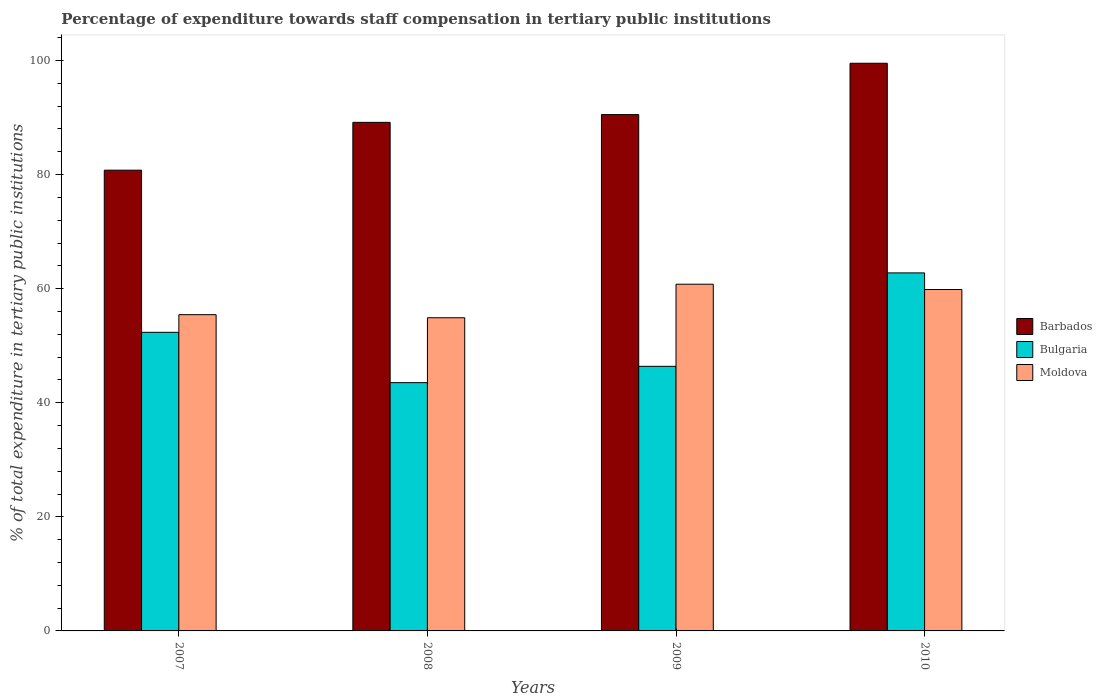
| Years | Barbados | Bulgaria | Moldova |
 | --- | --- | --- | --- |
 | 2007 | 80.8 | 52.3 | 55.4 |
 | 2008 | 89.2 | 43.5 | 54.9 |
 | 2009 | 90.5 | 46.4 | 60.8 |
 | 2010 | 99.5 | 62.8 | 59.8 |